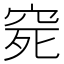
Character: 𥥱